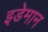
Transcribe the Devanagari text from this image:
इडेमान